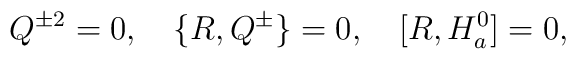
Q^{\pm 2}=0,\quad\{R,Q^\pm\}=0,\quad [R,H_a^0]=0,